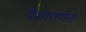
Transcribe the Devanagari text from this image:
देशातर्गत